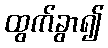
ထွက်ခွာ၍